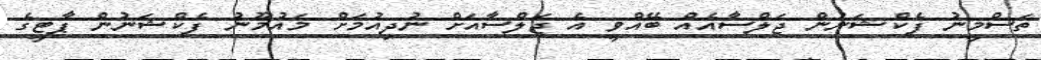
ތަސްމީނު ފެކްޝަނުން ޖަލްސާއެއް ބޭއްވީ އެ ޖަލްސާއަށް ނުދިއުމަށް މައުމޫނު ފެކްޝަނުން ޕާޓީގެ